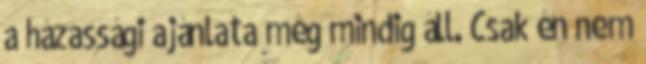
a házassági ajánlata még mindig áll. Csak én nem